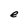
Character: e